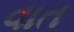
વાત